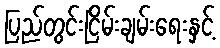
ပြည်တွင်းငြိမ်းချမ်းရေးနှင့်